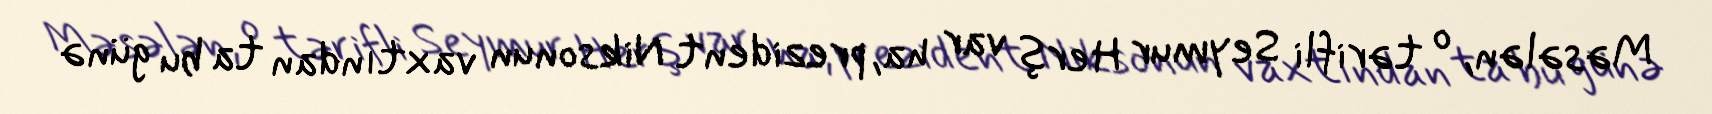
Məsələn, o tərifli Seymur Herş var ha, prezident Niksonun vaxtından ta bu günə